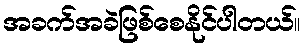
အခက်အခဲဖြစ်စေနိုင်ပါတယ်။